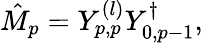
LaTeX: \begin{array}{r}{\hat{M}_{p}=Y_{p,p}^{(l)}Y_{0,p-1}^{\dagger},}\end{array}